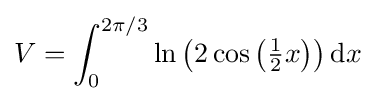
V=\int _{0}^{2\pi /3}\ln \left(2\cos \left({\tfrac {1}{2}}x\right)\right)\mathrm {d} x